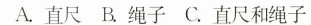
A.直尺B.绳子C.直尺和绳子